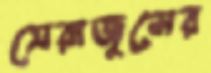
সেরাজুলের